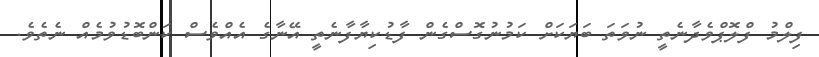
ފިލްމު ފްލޮޕްވެދާނެތީ ނުވަތަ ބަޔަކަށް ކަމުނުގޮސްގެން ފާޑުކިޔާފާނެތީ އޭނާގެ އެއްވެސް ކަންބޮޑުވުމެއް ނެތެވެ.